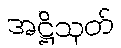
အဋ္ဌိသုတ်